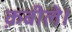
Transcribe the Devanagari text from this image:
क़बीले।